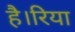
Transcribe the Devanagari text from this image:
है।रिया